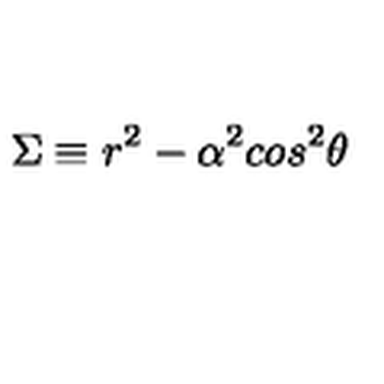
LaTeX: \Sigma \equiv r ^ { 2 } - \alpha ^ { 2 } c o s ^ { 2 } \theta